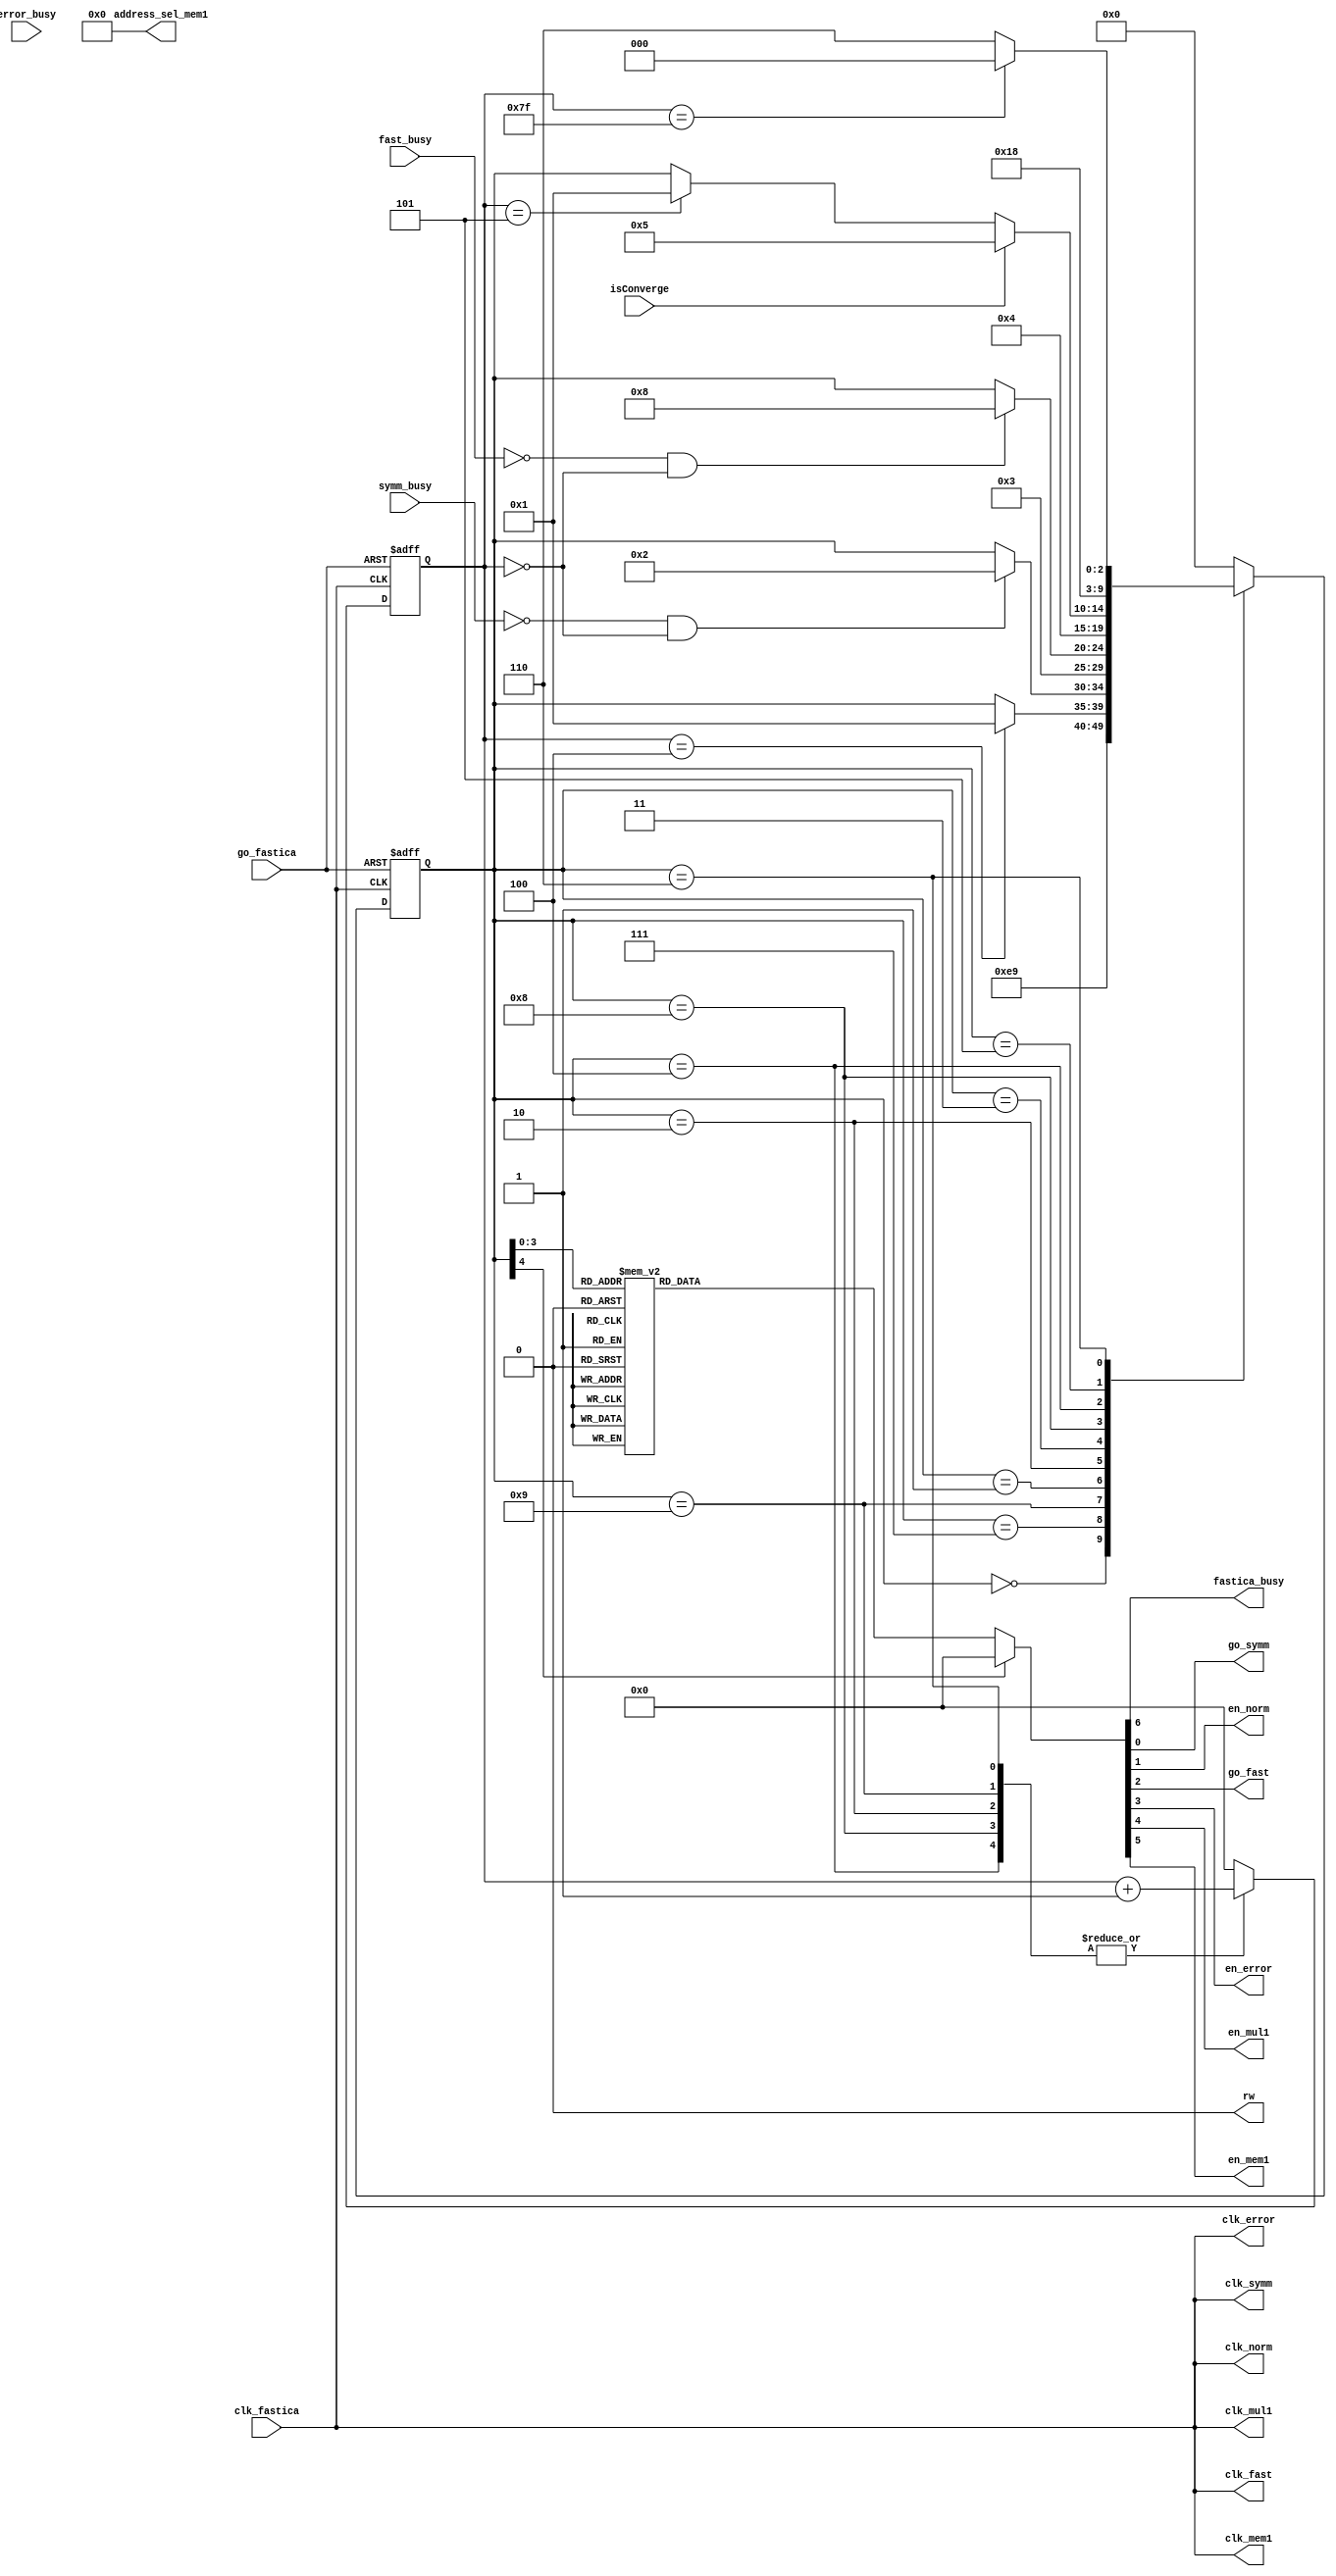
module FASTICA_CONTROLLER #(
    parameter INIT = 5'd0,
    parameter MAKE_ORTH = 5'd1,
    parameter NORM_DIV = 5'd2,
    parameter FAST_ICA = 5'd3,
    parameter ERROR_CALC = 5'd4,
    parameter MUL1 = 5'd5,
    parameter MEM1 = 5'd6,
    parameter DELAY = 5'd7,
    parameter ERROR_DELAY = 5'd8,
    parameter ORTH_DELAY = 5'd9
)(
    input clk_fastica,
    input go_fastica,
    input symm_busy,
    input fast_busy,
    input error_busy,

    input isConverge,

    output reg fastica_busy,

    output clk_symm,
    output clk_norm,
    output clk_fast,
    output clk_error,
    output clk_mul1,
    // output clk_mul2,
    output clk_mem1,

    output reg go_symm,
    output reg en_norm,
    output reg go_fast,
    output reg en_error,
    output reg en_mul1,
    // output reg en_mul2,
    output reg en_mem1,
    output reg [13:0] address_sel_mem1,
    output reg rw
);

assign clk_symm = clk_fastica;
assign clk_norm = clk_fastica;
assign clk_fast = clk_fastica;
assign clk_error = clk_fastica;
assign clk_mul1 = clk_fastica;
// assign clk_mul2 = clk_fastica;
assign clk_mem1 = clk_fastica;

reg [4:0] state;
reg [6:0] clk_cnt;

always @(*) begin
    address_sel_mem1 = 14'd0;
    rw = 1'b0;
    
    case (state)
        INIT: begin
            go_symm  = 1'b0;
            en_norm  = 1'b0;
            go_fast  = 1'b0;
            en_error = 1'b0;
            en_mul1  = 1'b0;
            // en_mul2  = 1'b0;
            en_mem1  = 1'b0;
            fastica_busy = 1'b0;
        end
        DELAY: begin
            go_symm  = 1'b0;
            en_norm  = 1'b0;
            go_fast  = 1'b0;
            en_error = 1'b0;
            en_mul1  = 1'b0;
            // en_mul2  = 1'b0;
            en_mem1  = 1'b0;
            fastica_busy = 1'b1;
        end
        ORTH_DELAY: begin
            go_symm  = 1'b0;
            en_norm  = 1'b0;
            go_fast  = 1'b0;
            en_error = 1'b1;
            en_mul1  = 1'b0;
            // en_mul2  = 1'b0;
            en_mem1  = 1'b0;
            fastica_busy = 1'b1;
        end
        MAKE_ORTH: begin
            go_symm  = 1'b1;
            en_norm  = 1'b0;
            go_fast  = 1'b0;
            en_error = 1'b0;
            en_mul1  = 1'b0;
            // en_mul2  = 1'b0;
            en_mem1  = 1'b0;
            fastica_busy = 1'b1;
        end
        NORM_DIV: begin
            go_symm  = 1'b0;
            en_norm  = 1'b1;
            go_fast  = 1'b0;
            en_error = 1'b0;
            en_mul1  = 1'b0;
            // en_mul2  = 1'b0;
            en_mem1  = 1'b0;
            fastica_busy = 1'b1;
        end
        FAST_ICA: begin
            go_symm  = 1'b0;
            en_norm  = 1'b0;
            go_fast  = 1'b1;
            en_error = 1'b0;
            en_mul1  = 1'b0;
            // en_mul2  = 1'b0;
            en_mem1  = 1'b0;
            fastica_busy = 1'b1;
        end
        ERROR_DELAY: begin
            go_symm  = 1'b0;
            en_norm  = 1'b0;
            go_fast  = 1'b0;
            en_error = 1'b1;
            en_mul1  = 1'b0;
            // en_mul2  = 1'b0;
            en_mem1  = 1'b0;
            fastica_busy = 1'b1;
        end
        ERROR_CALC: begin
            go_symm  = 1'b0;
            en_norm  = 1'b0;
            go_fast  = 1'b0;
            en_error = 1'b1;
            en_mul1  = 1'b0;
            // en_mul2  = 1'b0;
            en_mem1  = 1'b0;
            fastica_busy = 1'b1;
        end
        MUL1: begin
            go_symm  = 1'b0;
            en_norm  = 1'b0;
            go_fast  = 1'b0;
            en_error = 1'b0;
            en_mul1  = 1'b1;
            // en_mul2  = 1'b0;
            en_mem1  = 1'b0;
            fastica_busy = 1'b1;
        end
        // MUL2: begin
        //     go_symm  = 1'b0;
        //     en_norm  = 1'b0;
        //     go_fast  = 1'b0;
        //     en_error = 1'b0;
        //     en_mul1  = 1'b1;
        //     // en_mul2  = 1'b1;
        //     en_mem1  = 1'b0;
        //     fastica_busy = 1'b1;
        // end
        MEM1: begin
            go_symm  = 1'b0;
            en_norm  = 1'b0;
            go_fast  = 1'b0;
            en_error = 1'b0;
            en_mul1  = 1'b1;
            // en_mul2  = 1'b1;
            en_mem1  = 1'b1;
            fastica_busy = 1'b1;
        end
        default: begin
            go_symm  = 1'b0;
            en_norm  = 1'b0;
            go_fast  = 1'b0;
            en_error = 1'b0;
            en_mul1  = 1'b0;
            // en_mul2  = 1'b0;
            en_mem1  = 1'b0;
            fastica_busy = 1'b0;
        end
    endcase
end

always @(posedge clk_fastica or negedge go_fastica) begin
    if (~go_fastica) begin
        state <= INIT;
    end else begin
        case (state)
            INIT: begin
                state <= DELAY;
            end
            DELAY: begin
                state <= ORTH_DELAY;
            end
            ORTH_DELAY: begin
                if (clk_cnt == 7'd4) begin
                    state <= MAKE_ORTH;
                end
            end
            MAKE_ORTH: begin
                if (~symm_busy && (clk_cnt == 7'd0)) begin
                    state <= NORM_DIV;
                end
            end
            NORM_DIV: begin
                state <= FAST_ICA;
            end
            FAST_ICA: begin
                if (~fast_busy && (clk_cnt == 7'd0)) begin
                    state <= ERROR_DELAY;
                end
            end
            ERROR_DELAY: begin
                state <= ERROR_CALC;
            end
            //?  clk 
            ERROR_CALC: begin
                if (isConverge) begin
                    state <= MUL1;
                end else begin
                    if (clk_cnt == 7'd5) begin
                        state <= MAKE_ORTH;
                    end
                end
            end
            MUL1: begin
                state <= MEM1;
            end
            // MUL2: begin
            //     state <= MEM1;
            // end
            MEM1: begin
                if (clk_cnt == 7'd127) begin
                    state <= INIT;
                end else begin
                    state <= MEM1;
                end
            end
            default: begin
                state <= INIT;
            end
        endcase
    end
end

always @(posedge clk_fastica or negedge go_fastica) begin
    if (~go_fastica) begin
        clk_cnt <= 7'd0;
    end else begin
        case (state)
            INIT, MAKE_ORTH, FAST_ICA, MUL1: begin
                clk_cnt <= 7'd0;
            end 
            MEM1, ORTH_DELAY, NORM_DIV, ERROR_DELAY, ERROR_CALC: begin
                clk_cnt <= clk_cnt + 7'd1;
            end
            default: begin
                clk_cnt <= 7'd0;
            end
        endcase
    end
end
    
endmodule